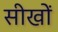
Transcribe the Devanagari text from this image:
सीखों